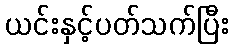
ယင်းနှင့်ပတ်သက်ပြီး